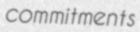
commitments